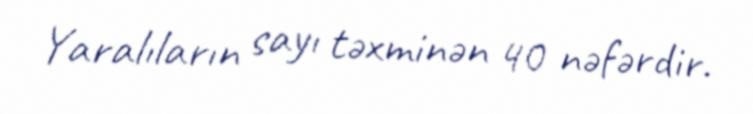
Yaralıların sayı təxminən 40 nəfərdir.